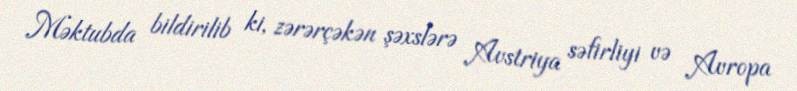
Məktubda bildirilib ki, zərərçəkən şəxslərə Avstriya səfirliyi və Avropa